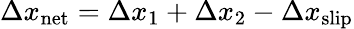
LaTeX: \Delta x_{\mathrm{net}}=\Delta x_{1}+\Delta x_{2}-\Delta x_{\mathrm{slip}}